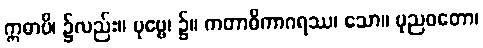
ဣဓာပိ၊ ၌လည်း။ ပုဗ္ဗေ၊ ၌။ ကတာဓိကာဂရဿ၊ သော။ ပုညဝတော၊